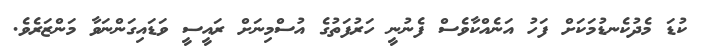
ކުޑަ މެދުކެނޑުމަކަށް ފަހު އަނެއްކާވެސް ފެނުނީ ހަރުފަތުގެ އުސްމިނަށް ރައީސީ ވަޑައިގަންނަވާ މަންޒަރެވެ.